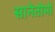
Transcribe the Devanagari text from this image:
सानेतोमो